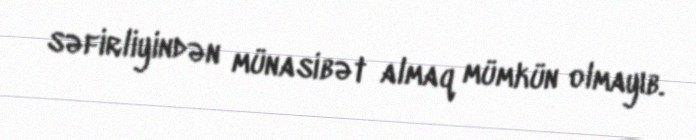
səfirliyindən münasibət almaq mümkün olmayıb.